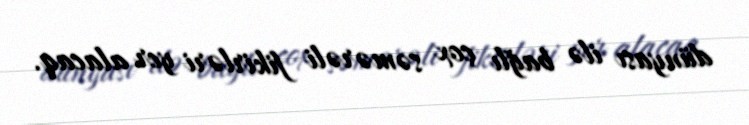
dünyası ilə bağlı çox səmərəli fikirləri yer alacaq.